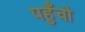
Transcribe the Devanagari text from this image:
पहुँचो